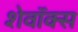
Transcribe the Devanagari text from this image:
शेवॉक्स